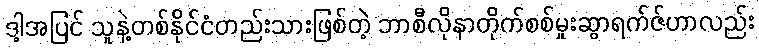
ဒါ့အပြင် သူနဲ့တစ်နိုင်ငံတည်းသားဖြစ်တဲ့ ဘာစီလိုနာတိုက်စစ်မှုးဆွာရက်ဇ်ဟာလည်း